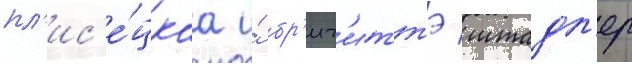
пл'ис'е́цкаа и́ бр'иг'иттэ штадл'ер